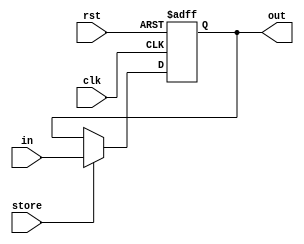
module comand(input clk, input rst , input [31:0] in, input store, output reg [31:0] out);

always @(posedge clk or posedge rst)
	if(rst) out <= 0; 
	else if(store) out <= in;  

endmodule